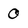
Character: 0